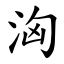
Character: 洶